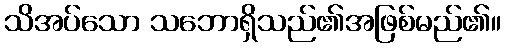
သိအပ်သော သဘောရှိသည်၏အဖြစ်မည်၏။